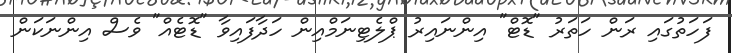
ފަހަތުގައި ރަން ހަތަރު "ޑޮޓް" އިންނައިރު ޕްލެޓިނަމްއިން ހަދާފައިވާ "ޑޮޓެއް" ވެސް އިންނަކަން